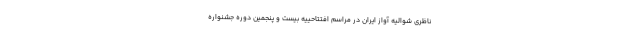
ناظری شوالیه آواز ایران در مراسم افتتاحییه بیست و پنجمین دوره جشنواره